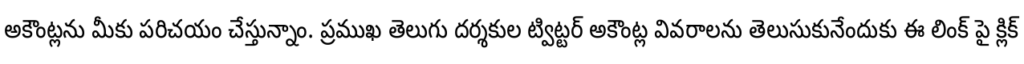
అకౌంట్లను మీకు పరిచయం చేస్తున్నాం. ప్రముఖ తెలుగు దర్శకుల ట్విట్టర్ అకౌంట్ల వివరాలను తెలుసుకునేందుకు ఈ లింక్ పై క్లిక్